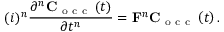
( i ) ^ { n } \frac { \partial ^ { n } \mathbf C _ { \mathrm { ~ o ~ c ~ c ~ } } \left( t \right) } { \partial t ^ { n } } = \mathbf F ^ { n } \mathbf C _ { \mathrm { ~ o ~ c ~ c ~ } } \left( t \right) .